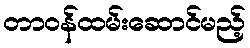
တာဝန်ထမ်းဆောင်မည့်